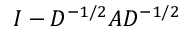
I - D ^ { - 1 / 2 } A D ^ { - 1 / 2 }